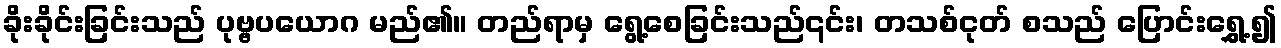
ခိုးခိုင်းခြင်းသည် ပုဗ္ဗပယောဂ မည်၏။ တည်ရာမှ ရွေ့စေခြင်းသည်၎င်း၊ တသစ်ငုတ် စသည် ပြောင်းရွှေ့၍